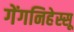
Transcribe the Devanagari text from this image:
गेंगनिहेस्सू